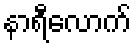
နာရီလောက်